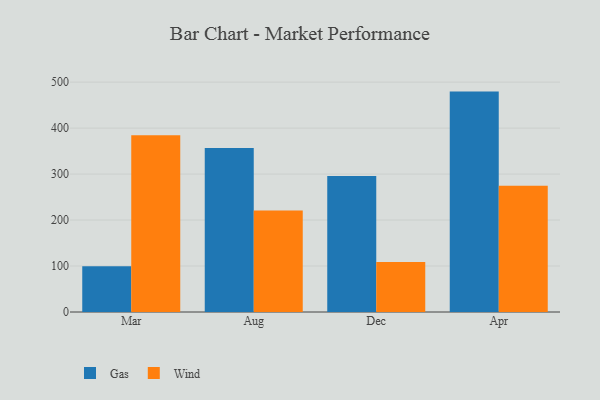
{"axis": {"x": "Month", "y": "Shipments"}, "legend": ["Gas", "Wind"], "data": [{"x": "Mar", "y": 99.6, "type": "Gas"}, {"x": "Mar", "y": 384.2, "type": "Wind"}, {"x": "Aug", "y": 356.7, "type": "Gas"}, {"x": "Aug", "y": 220.6, "type": "Wind"}, {"x": "Dec", "y": 295.9, "type": "Gas"}, {"x": "Dec", "y": 108.8, "type": "Wind"}, {"x": "Apr", "y": 479.4, "type": "Gas"}, {"x": "Apr", "y": 274.8, "type": "Wind"}]}